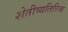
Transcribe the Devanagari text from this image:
शेतीव्यतिरिक्त